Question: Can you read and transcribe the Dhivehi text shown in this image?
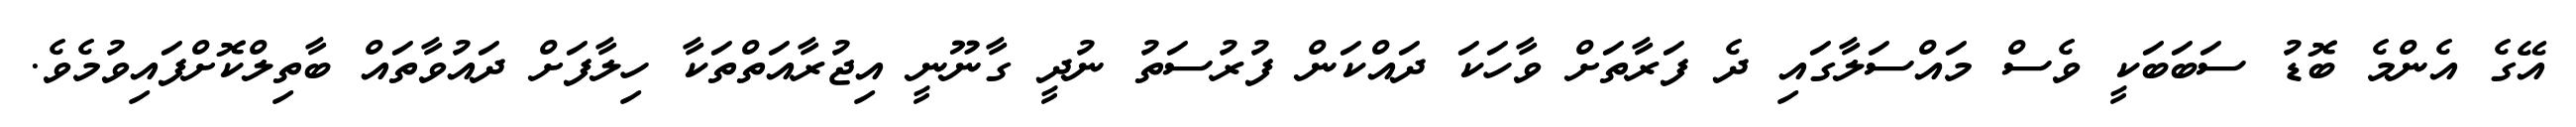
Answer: އޭގެ އެންމެ ބޮޑު ސަބަބަކީ ވެސް މައްސަލާގައި ދެ ފަރާތަށް ވާހަކަ ދައްކަން ފުރުސަތު ނުދީ ގާނޫނީ އިޖުރާއަތްތަކާ ހިލާފަށް ދައުވާތައް ބާތިލްކޮށްފައިވުމެވެ.